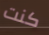
كنت